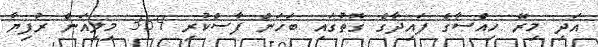
އަދި މިރޭ ހިއްސާގެ ފައިދާގެ ގޮތުގައި ބަހަން ފާސްކުރި 359 މިލިއަން ރުފިޔާ